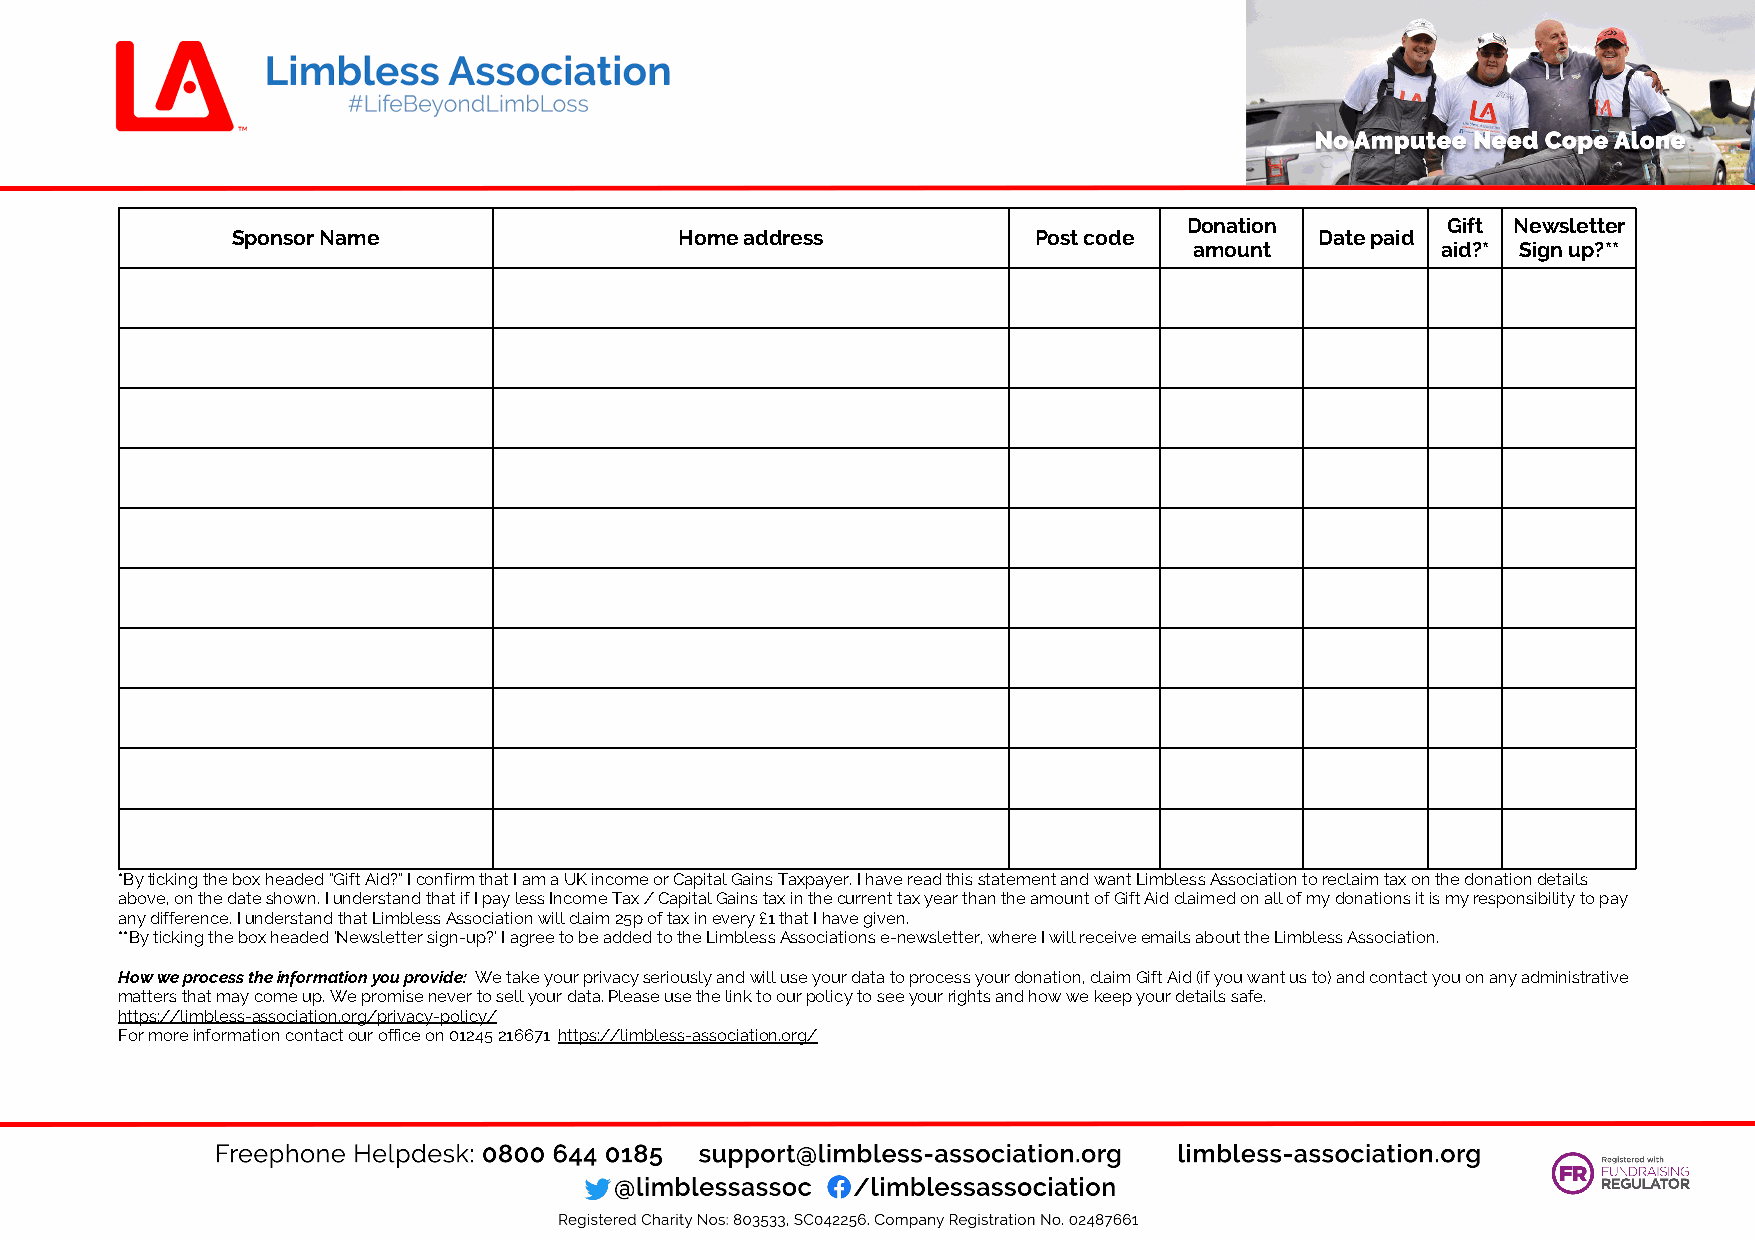
Donation         Gift Newsletter
 Sponsor Name                  Home address            Post code         Date paid
 amount          aid?* Sign up?**
 *By ticking the box headed “Gift Aid?” I confirm that I am a UK income or Capital Gains Taxpayer. I have read this statement and want Limbless Association to reclaim tax on the donation details
 above, on the date shown. I understand that if I pay less Income Tax / Capital Gains tax in the current tax year than the amount of Gift Aid claimed on all of my donations it is my responsibility to pay
 any difference. I understand that Limbless Association will claim 25p of tax in every £1 that I have given.
 **By ticking the box headed ‘Newsletter sign-up?’ I agree to be added to the Limbless Associations e-newsletter, where I will receive emails about the Limbless Association.
 How we process the information you provide: We take your privacy seriously and will use your data to process your donation, claim Gift Aid (if you want us to) and contact you on any administrative
 matters that may come up. We promise never to sell your data. Please use the link to our policy to see your rights and how we keep your details safe.
 https://limbless-association.org/privacy-policy/
 For more information contact our office on 01245 216671 https://limbless-association.org/